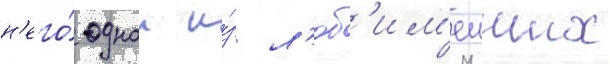
н'его́ однои и́з л'юб'им'еиших